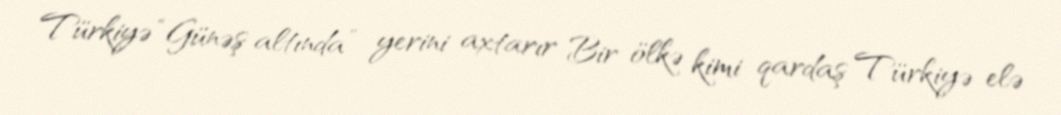
Türkiyə “Günəş altında” yerini axtarır Bir ölkə kimi qardaş Türkiyə elə